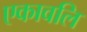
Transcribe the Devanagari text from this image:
एकावलि